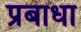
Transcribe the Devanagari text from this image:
प्रबाधा